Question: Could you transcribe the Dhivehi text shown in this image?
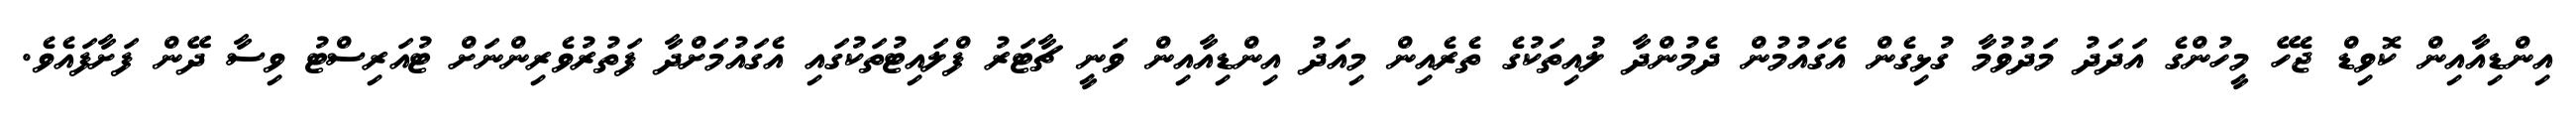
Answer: އިންޑިއާއިން ކޮވިޑް ޖެހޭ މީހުންގެ އަދަދު މަދުވުމާ ގުޅިގެން އެގައުމުން ދެމުންދާ ލުއިތަކުގެ ތެރެއިން މިއަދު އިންޑިއާއިން ވަނީ ޗާޓަރު ފްލައިޓުތަކުގައި އެގައުމަށްދާ ފަތުރުވެރިންނަށް ޓުއަރިސްޓު ވިސާ ދޭން ފަށާފައެވެ.